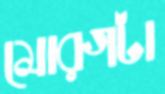
মোরগটা